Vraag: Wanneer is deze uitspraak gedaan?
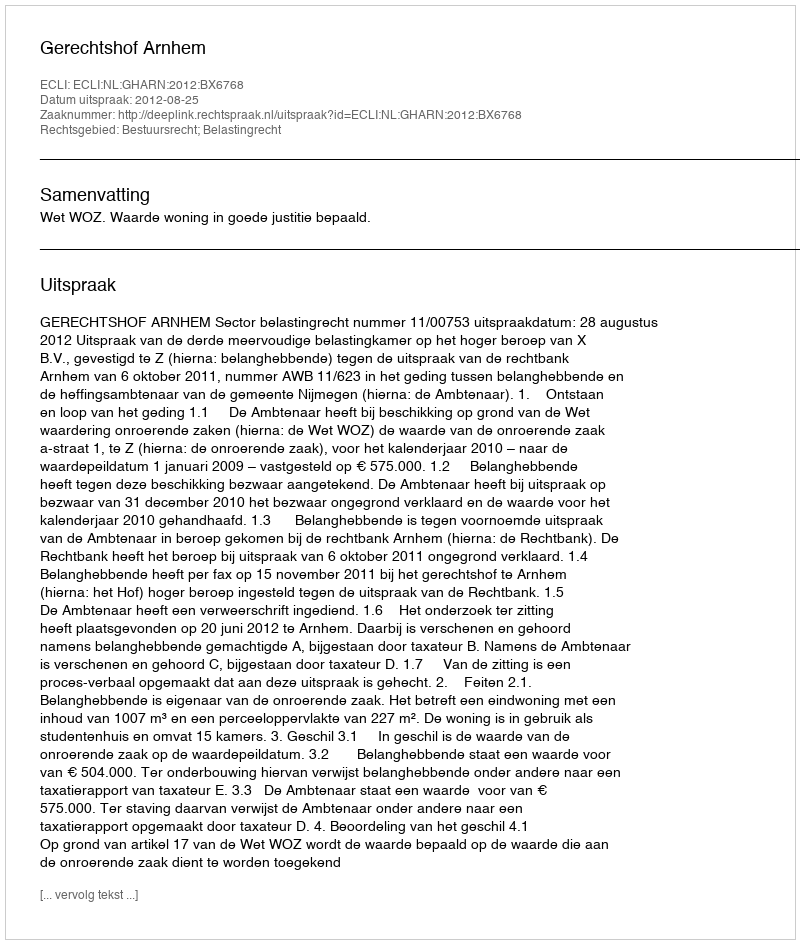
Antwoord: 2012-08-25